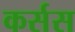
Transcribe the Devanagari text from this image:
कर्सस